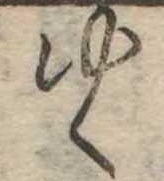
ゆく